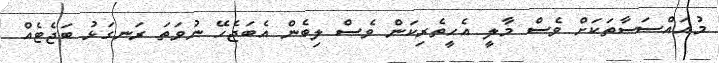
މުއައްސަސާތަކަށް ވެސް މާލީ އެހީތެރިކަން ވެސް ލިބެން އެބަޖެހޭ ނުވަތަ ރަނގަޅު ބަޖެޓެއް